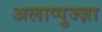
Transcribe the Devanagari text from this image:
अलाप्पुज्ज़ा